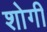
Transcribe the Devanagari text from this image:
शोगी